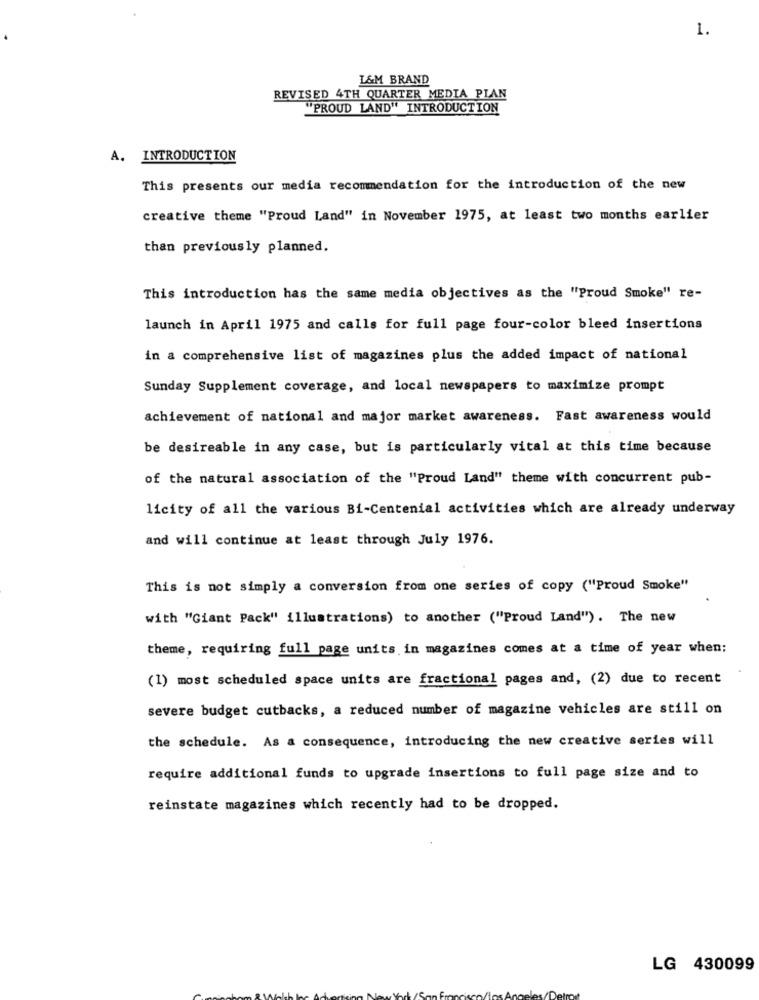
1.
L&M BRAND
REVISED 4TH QUARTER MEDIA PIAN
"PROUD LAND" INTRODUCTION
A. INTRODUCTION
This presents our media recommendation for the introduction of the new
creative theme "Proud Land" in November 1975, at least two months earlier
than previously planned.
This introduction has the same media objectives as the "Proud Smoke" re-
launch in April 1975 and calls for full page four-color bleed insertions
in a comprehensive list of magazines plus the added impact of national
Sunday Supplement coverage, and local newspapers to maximize prompt
achievement of national and major market awareness. Fast awareness would
be desireable in any case, but is particularly vital at this time because
of the natural association of the "Proud Land" theme with concurrent pub-
licity of all the various Bi-Centenial activities which are already underway
and will continue at least through July 1976.
This is not simply a conversion from one series of copy ("Proud Smoke"
with "Giant Pack" illustrations) to another ("Proud Land"). The new
theme, requiring full page units in magazines comes at a time of year when:
(1) most scheduled space units are fractional pages and, (2) due to recent
severe budget cutbacks, a reduced number of magazine vehicles are still on
the schedule. As a consequence, introducing the new creative series will
require additional funds to upgrade insertions to full page size and to
reinstate magazines which recently had to be dropped.
LG 430099